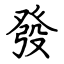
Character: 發